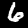
Digit: 6